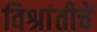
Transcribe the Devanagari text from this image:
विश्रांतीचें